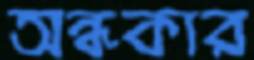
অন্ধকার